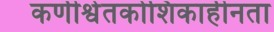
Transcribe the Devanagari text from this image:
कणीश्वेतकोशिकाहीनता